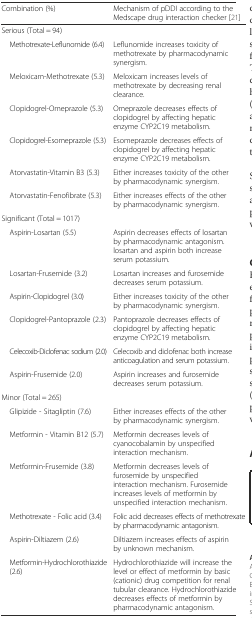
<table><thead><tr><td><b>Combination (%)</b></td><td><b>Mechanism of pDDI according to the Medscape drug interaction checker [21]</b></td></tr></thead><tbody><tr><td colspan="2">Serious (Total = 94)</td></tr><tr><td> Methotrexate-Leflunomide (6.4)</td><td>Leflunomide increases toxicity of methotrexate by pharmacodynamic synergism.</td></tr><tr><td> Meloxicam-Methotrexate (5.3)</td><td>Meloxicam increases levels of methotrexate by decreasing renal clearance.</td></tr><tr><td> Clopidogrel-Omeprazole (5.3)</td><td>Omeprazole decreases effects of clopidogrel by affecting hepatic enzyme CYP2C19 metabolism.</td></tr><tr><td> Clopidogrel-Esomeprazole (5.3)</td><td>Esomeprazole decreases effects of clopidogrel by affecting hepatic enzyme CYP2C19 metabolism.</td></tr><tr><td> Atorvastatin-Vitamin B3 (5.3)</td><td>Either increases toxicity of the other by pharmacodynamic synergism.</td></tr><tr><td> Atorvastatin-Fenofibrate (5.3)</td><td>Either increases effects of the other by pharmacodynamic synergism.</td></tr><tr><td colspan="2">Significant (Total = 1017)</td></tr><tr><td> Aspirin-Losartan (5.5)</td><td>Aspirin decreases effects of losartan by pharmacodynamic antagonism. losartan and aspirin both increase serum potassium.</td></tr><tr><td> Losartan-Frusemide (3.2)</td><td>Losartan increases and furosemide decreases serum potassium.</td></tr><tr><td> Aspirin-Clopidogrel (3.0)</td><td>Either increases toxicity of the other by pharmacodynamic synergism.</td></tr><tr><td> Clopidogrel-Pantoprazole (2.3)</td><td>Pantoprazole decreases effects of clopidogrel by affecting hepatic enzyme CYP2C19 metabolism.</td></tr><tr><td> Celecoxib-Diclofenac sodium (2.0)</td><td>Celecoxib and diclofenac both increase anticoagulation and serum potassium.</td></tr><tr><td> Aspirin-Frusemide (2.0)</td><td>Aspirin increases and furosemide decreases serum potassium.</td></tr><tr><td colspan="2">Minor (Total = 265)</td></tr><tr><td> Glipizide - Sitagliptin (7.6)</td><td>Either increases effects of the other by pharmacodynamic synergism.</td></tr><tr><td> Metformin - Vitamin B12 (5.7)</td><td>Metformin decreases levels of cyanocobalamin by unspecified interaction mechanism.</td></tr><tr><td> Metformin-Frusemide (3.8)</td><td>Metformin decreases levels of furosemide by unspecified interaction mechanism. Furosemide increases levels of metformin by unspecified interaction mechanism.</td></tr><tr><td> Methotrexate - Folic acid (3.4)</td><td>Folic acid decreases effects of methotrexate by pharmacodynamic antagonism.</td></tr><tr><td> Aspirin-Diltiazem (2.6)</td><td>Diltiazem increases effects of aspirin by unknown mechanism.</td></tr><tr><td> Metformin-Hydrochlorothiazide (2.6)</td><td>Hydrochlorothiazide will increase the level or effect of metformin by basic (cationic) drug competition for renal tubular clearance. Hydrochlorothiazide decreases effects of metformin by pharmacodynamic antagonism.</td></tr></tbody></table>